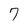
Character: 7